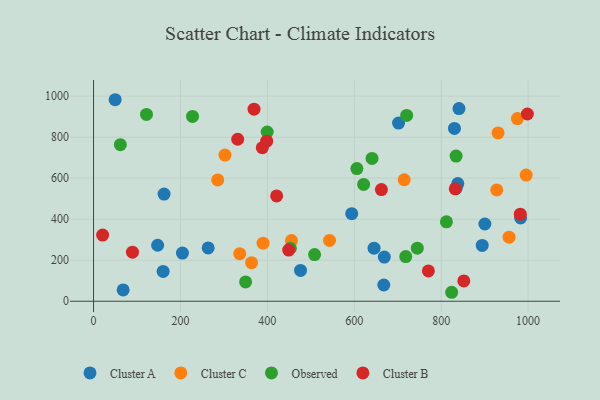
{"axis": {"x": "Distance", "y": "Yield"}, "legend": ["Cluster A", "Cluster B", "Cluster C", "Observed"], "data": [{"x": "204.6", "y": 234.7, "type": "Cluster A"}, {"x": "263.8", "y": 259.8, "type": "Cluster A"}, {"x": "147.5", "y": 272.9, "type": "Cluster A"}, {"x": "900.5", "y": 376.7, "type": "Cluster A"}, {"x": "669.1", "y": 215.4, "type": "Cluster A"}, {"x": "982.7", "y": 406.2, "type": "Cluster A"}, {"x": "594.1", "y": 426.7, "type": "Cluster A"}, {"x": "838.2", "y": 573.9, "type": "Cluster A"}, {"x": "830.5", "y": 842.4, "type": "Cluster A"}, {"x": "476.3", "y": 150.4, "type": "Cluster A"}, {"x": "160.1", "y": 145.6, "type": "Cluster A"}, {"x": "840.9", "y": 939.5, "type": "Cluster A"}, {"x": "68.1", "y": 55.2, "type": "Cluster A"}, {"x": "894.4", "y": 271.9, "type": "Cluster A"}, {"x": "701.9", "y": 868.8, "type": "Cluster A"}, {"x": "162.3", "y": 522.7, "type": "Cluster A"}, {"x": "645.5", "y": 258.7, "type": "Cluster A"}, {"x": "49.7", "y": 982.5, "type": "Cluster A"}, {"x": "667.9", "y": 79.2, "type": "Cluster A"}, {"x": "834.7", "y": 551.9, "type": "Cluster A"}, {"x": "995.5", "y": 615.1, "type": "Cluster C"}, {"x": "930.9", "y": 820.4, "type": "Cluster C"}, {"x": "363.6", "y": 187.8, "type": "Cluster C"}, {"x": "714.9", "y": 592.3, "type": "Cluster C"}, {"x": "302.4", "y": 712.7, "type": "Cluster C"}, {"x": "975.3", "y": 890.7, "type": "Cluster C"}, {"x": "390.1", "y": 283.1, "type": "Cluster C"}, {"x": "455.5", "y": 295.8, "type": "Cluster C"}, {"x": "927.8", "y": 542.9, "type": "Cluster C"}, {"x": "956.2", "y": 312.3, "type": "Cluster C"}, {"x": "285.7", "y": 591.6, "type": "Cluster C"}, {"x": "543.0", "y": 296.5, "type": "Cluster C"}, {"x": "336.4", "y": 231.9, "type": "Cluster C"}, {"x": "718.4", "y": 217.9, "type": "Observed"}, {"x": "61.7", "y": 763.5, "type": "Observed"}, {"x": "640.8", "y": 696.2, "type": "Observed"}, {"x": "812.0", "y": 387.3, "type": "Observed"}, {"x": "824.1", "y": 43.7, "type": "Observed"}, {"x": "621.5", "y": 569.5, "type": "Observed"}, {"x": "720.5", "y": 906.1, "type": "Observed"}, {"x": "745.0", "y": 258.9, "type": "Observed"}, {"x": "606.0", "y": 646.8, "type": "Observed"}, {"x": "508.6", "y": 227.7, "type": "Observed"}, {"x": "227.8", "y": 901.3, "type": "Observed"}, {"x": "834.3", "y": 707.9, "type": "Observed"}, {"x": "399.6", "y": 825.2, "type": "Observed"}, {"x": "452.8", "y": 258.4, "type": "Observed"}, {"x": "349.9", "y": 94.4, "type": "Observed"}, {"x": "121.8", "y": 911.0, "type": "Observed"}, {"x": "662.4", "y": 544.6, "type": "Cluster B"}, {"x": "398.4", "y": 780.4, "type": "Cluster B"}, {"x": "770.5", "y": 147.8, "type": "Cluster B"}, {"x": "388.4", "y": 748.8, "type": "Cluster B"}, {"x": "421.3", "y": 513.7, "type": "Cluster B"}, {"x": "369.3", "y": 936.2, "type": "Cluster B"}, {"x": "449.1", "y": 249.3, "type": "Cluster B"}, {"x": "832.4", "y": 548.3, "type": "Cluster B"}, {"x": "89.6", "y": 239.1, "type": "Cluster B"}, {"x": "998.3", "y": 913.0, "type": "Cluster B"}, {"x": "331.7", "y": 789.8, "type": "Cluster B"}, {"x": "20.9", "y": 322.4, "type": "Cluster B"}, {"x": "852.0", "y": 98.8, "type": "Cluster B"}, {"x": "982.0", "y": 424.6, "type": "Cluster B"}]}